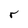
Character: r